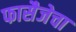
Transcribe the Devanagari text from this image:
फासैजेचा